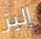
إليز